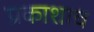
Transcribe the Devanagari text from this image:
प्रकाशाच